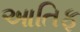
આતિફ